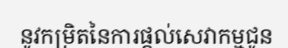
នូវកម្រិតនៃការផ្តល់សេវាកម្មជូន